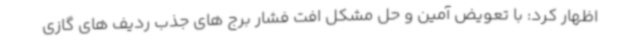
اظهار کرد: با تعویض آمین و حل مشکل افت فشار برج های جذب ردیف های گازی